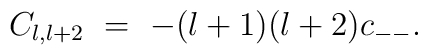
C_{l,l+2} \ =\  - (l + 1)(l + 2) c_{--}.